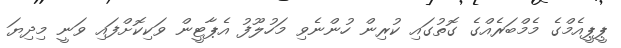
ޕީޕީއެމްގެ މެމްބަރެއްގެ ގޮތުގައި ކުރިން ހުންނެވި މަހުލޫފު އެޕާޓީން ވަކިކޮށްފައި ވަނީ މިިދިޔަ